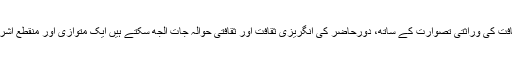
خاندان کے رکن کی کامیابی کے لئے اقدار کی درآمد کی اجازت نوآبادیاتی ثقافت کی وراثتی تصوارت کے ساتھ، دورِحاضر کی انگریزی ثقافت اور ثقافتی حوالہ جات الجھ سکتے ہیں ایک متوازی اور منقطع اشرفیہ کے ساتھ جو کہ دیسی زبانوں میں سے بھی کسی کو لکھ پڑھ نہیں سکتے۔